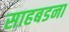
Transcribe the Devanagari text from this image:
साहबडना